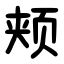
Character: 颊